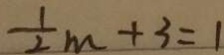
\frac { 1 } { 2 } m + 3 = 1